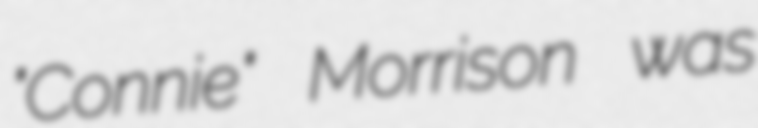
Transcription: "Connie" Morrison was